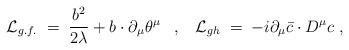
LaTeX: \begin{align*}{\cal L}_{g.f.} \;=\; \frac{b^2}{2 \lambda} + b \cdot \partial_{\mu}\theta^{\mu} \;\;\;,\;\;\; {\cal L}_{gh} \;=\; -i \partial_{\mu}{\bar c}\cdot D^{\mu} c \;,\end{align*}